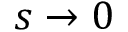
s \rightarrow 0